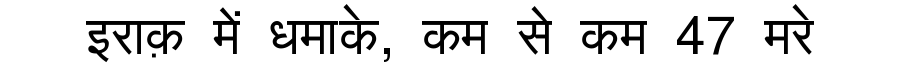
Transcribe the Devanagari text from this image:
इराक़ में धमाके, कम से कम 47 मरे